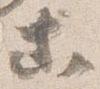
等